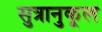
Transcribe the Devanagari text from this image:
सुत्रानुकूल